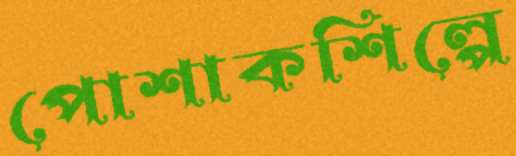
পোশাকশিল্পে